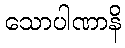
သောပါဏာနိ